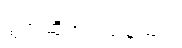
ရွတ်ဆိုအပ်သနည်း။